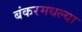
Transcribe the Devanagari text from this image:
बंकरमधल्या